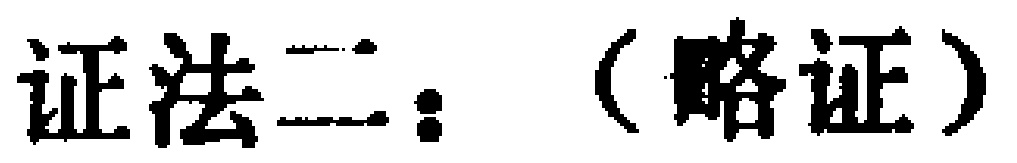
证法二：（略证）